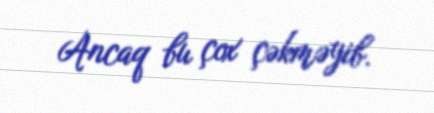
Ancaq bu çox çəkməyib.